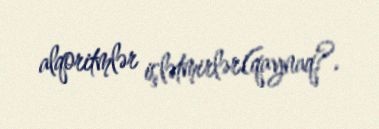
alqoritmlər işlətmirlər(qaynaq?.